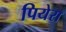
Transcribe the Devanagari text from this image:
पियेरा